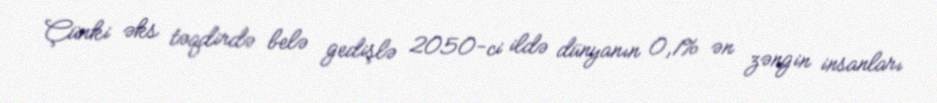
Çünki əks təqdirdə belə gedişlə 2050-ci ildə dünyanın 0,1% ən zəngin insanları